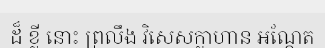
ដ៏ ខ្លី នោះ ព្រលឹង វិសេសក្លាហាន អណ្តែត